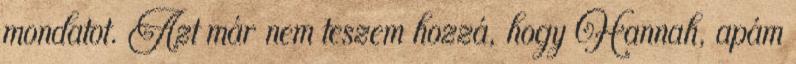
mondatot. Azt már nem teszem hozzá, hogy Hannah, apám